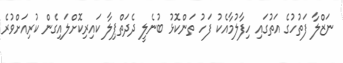
ނަޒްލާ ފަތުހުގެ އަތުގައި ހިފާލުމާއެކު ފަހު ތަންކޮޅު ބުނެލީ ދެދަތްޕިލާ ކައިރިކޮށްލައިގެން ކުރިއަށްވުރެ